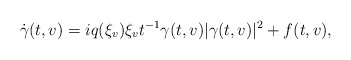
\begin{align*} \dot{\gamma}(t,v)=iq(\xi_v)\xi_vt^{-1}\gamma(t,v)|\gamma(t,v)|^2+f(t,v),\end{align*}